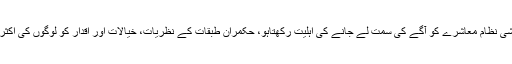
جب تک رائج الوقت سماجی اور معاشی نظام معاشرے کو آگے کی سمت لے جانے کی اہلیت رکھتاہو، حکمران طبقات کے نظریات، خیالات اور اقدار کو لوگوں کی اکثریت بلا چوں چراں تسلیم کر لیتی ہے۔